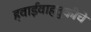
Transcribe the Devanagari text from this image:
हवाईवाहतुकीचे